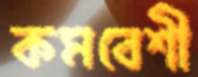
কমবেশী